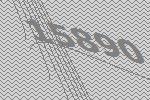
15890